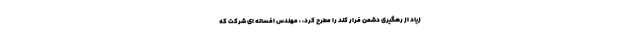
زیاد از رهگیری دشمن فرار کند را مطرح کرد، ، مهندس افسانه ای شرکت که